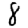
Digit: 8